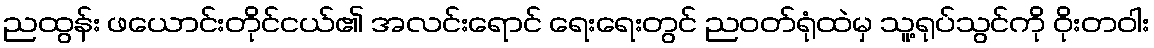
ညထွန်း ဖယောင်းတိုင်ငယ်၏ အလင်းရောင် ရေးရေးတွင် ညဝတ်ရုံထဲမှ သူ့ရုပ်သွင်ကို ဝိုးတဝါး